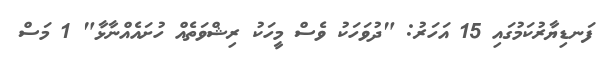
ފަނޑިޔާރުކަމުގައި 15 އަހަރު: "ދުވަހަކު ވެސް މީހަކު ރިޝްވަތެއް ހުށައެއްނާޅާ" 1 މަސް